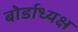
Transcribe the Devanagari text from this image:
बोर्डाध्यक्ष